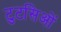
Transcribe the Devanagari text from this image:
टुटसिओं